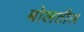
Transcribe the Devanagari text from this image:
बोलतील